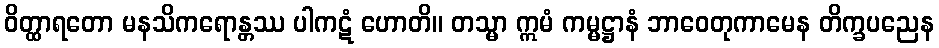
ဝိတ္ထာရတော မနသိကရောန္တဿ ပါကဋံ ဟောတိ။ တသ္မာ ဣမံ ကမ္မဋ္ဌာနံ ဘာဝေတုကာမေန တိက္ခပညေန